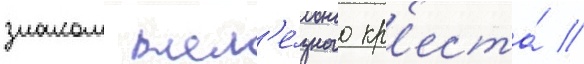
знаком жел'е́зного кр'еста́ //